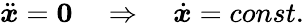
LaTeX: \ddot{\boldsymbol x}=\boldsymbol 0\quad\Rightarrow\quad\dot{\boldsymbol x}=const.